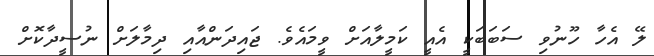
ލޭ އެހާ ހޫނުވި ސަބަބަކީ އެއީ ކަމީލާއަށް ވީމައެވެ. ޖައިދަންއާއި ދިމާލަށް ނުސީދާކޮށް